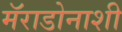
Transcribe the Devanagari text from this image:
मॅराडोनाशी